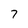
Character: 7